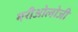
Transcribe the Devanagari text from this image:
मरीओलोजी